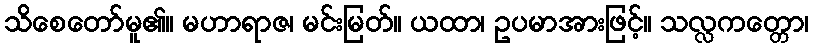
သိစေတော်မူ၏။ မဟာရာဇ၊ မင်းမြတ်။ ယထာ၊ ဥပမာအားဖြင့်။ သလ္လကတ္တော၊